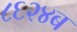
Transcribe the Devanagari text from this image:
८६२४ब